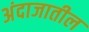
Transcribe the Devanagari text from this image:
अंदाजातील